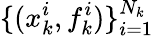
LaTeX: \{ (x_{k}^{i},f_{k}^{i})\} _{i=1}^{N_{k}}